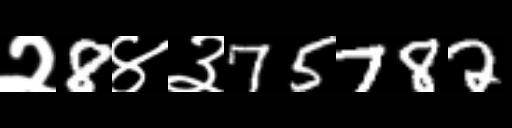
Text: २8४३75782